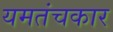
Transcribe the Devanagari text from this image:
यमतंचकार